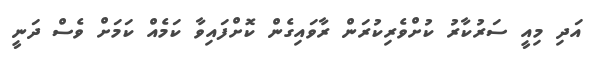
އަދި މިއީ ސަރުކާރު ކުށްވެރިކުރަން ރާވައިިގެން ކޮށްފައިވާ ކަމެއް ކަމަށް ވެސް ދަނީ